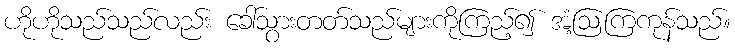
ဟိုဟိုသည်သည်လည်း ခေါ်သွားတတ်သည်များကိုကြည့်၍ အံ့ဩကြကုန်သည်။